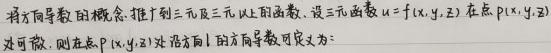
将方向导数的概念推广到三元及三元以上函数. 设三元函数$u = f(x,y,z)$在点$P(x,y,z)$处可微, 则在点$P(x,y,z)$处沿方向$\boldsymbol{l}$的方向导数可定义为: